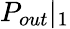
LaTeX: P_{out}|_{1}